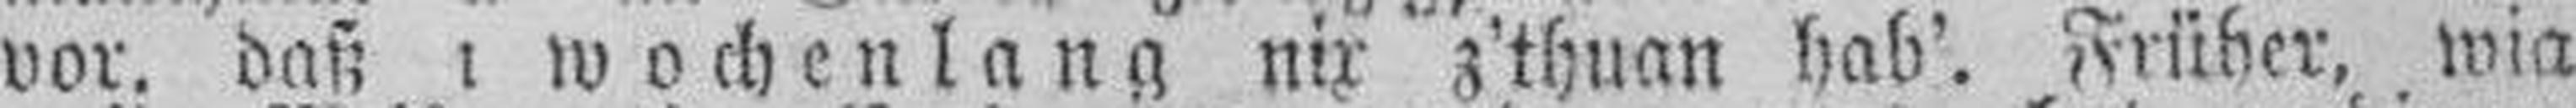
vor, daß i wochenlang nix z'thuan hab'. Früher, wia